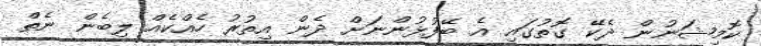
ކޮމިޝަނުން ދެކޭ ގޮތުގައި އެ ބޭފުޅުންނަށް ދެން އިތުރު ހެއްކެއް ލިބެން ނެތް